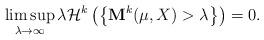
LaTeX: \begin{align*}\limsup_{\lambda\to\infty}\lambda\mathcal{H}^k\left(\left\{\mathbf{M}^k(\mu,X)>\lambda\right\}\right)=0.\end{align*}